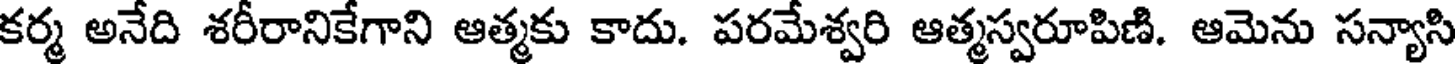
కర్మ అనేది శరీరానికేగాని ఆత్మకు కాదు. పరమేశ్వరి ఆత్మస్వరూపిణి. ఆమెను సన్యాసి